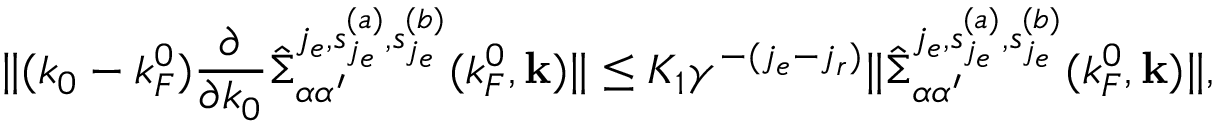
\Vert ( k _ { 0 } - k _ { F } ^ { 0 } ) \frac { \partial } { \partial k _ { 0 } } \hat { \Sigma } _ { \alpha \alpha ^ { \prime } } ^ { j _ { e } , { s _ { j _ { e } } ^ { ( a ) } , s _ { j _ { e } } ^ { ( b ) } } } ( k _ { F } ^ { 0 } , { \bf k } ) \Vert \le K _ { 1 } \gamma ^ { - ( j _ { e } - j _ { r } ) } \Vert \hat { \Sigma } _ { \alpha \alpha ^ { \prime } } ^ { j _ { e } , { s _ { j _ { e } } ^ { ( a ) } , s _ { j _ { e } } ^ { ( b ) } } } ( k _ { F } ^ { 0 } , { \bf k } ) \Vert ,